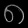
Digit: ၈